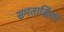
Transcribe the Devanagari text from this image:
समतासिंघर